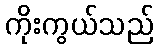
ကိုးကွယ်သည်